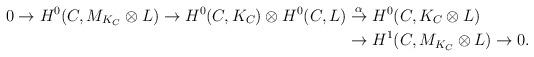
LaTeX: \begin{align*}0 \to H^0(C,M_{K_C}\otimes L) \to H^0(C,K_C) \otimes H^0(C,L) &\stackrel{\alpha}{\to} H^0(C,K_C \otimes L) \\ &\to H^1(C,M_{K_C}\otimes L) \to 0.\end{align*}